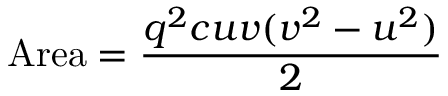
{ \mathrm { A r e a } } = { \frac { q ^ { 2 } c u v ( v ^ { 2 } - u ^ { 2 } ) } { 2 } }